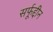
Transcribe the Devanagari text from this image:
सर्फूद्दीन